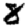
Digit: 8